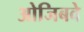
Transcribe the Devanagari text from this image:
ओजिबवे